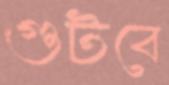
গুটবে